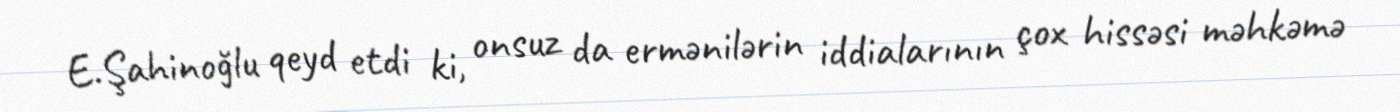
E.Şahinoğlu qeyd etdi ki, onsuz da ermənilərin iddialarının çox hissəsi məhkəmə